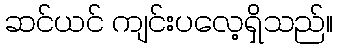
ဆင်ယင် ကျင်းပလေ့ရှိသည်။